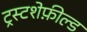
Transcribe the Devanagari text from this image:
ट्रस्टशेफ़ील्ड